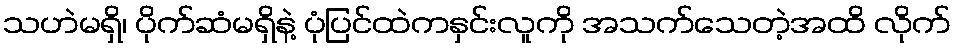
သဟဲမရှိ၊ ပိုက်ဆံမရှိနဲ့ ပုံပြင်ထဲကနှင်းလူကို အသက်သေတဲ့အထိ လိုက်